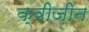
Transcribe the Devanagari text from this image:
क्वीज़ीन